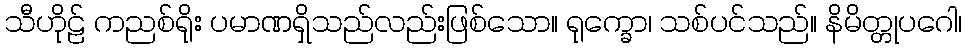
သီဟိုဠ် ကညစ်ရိုး ပမာဏရှိသည်လည်းဖြစ်သော။ ရုက္ခော၊ သစ်ပင်သည်။ နိမိတ္တုပဂေါ၊